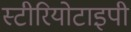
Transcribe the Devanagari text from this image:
स्‍टीरियोटाइपी